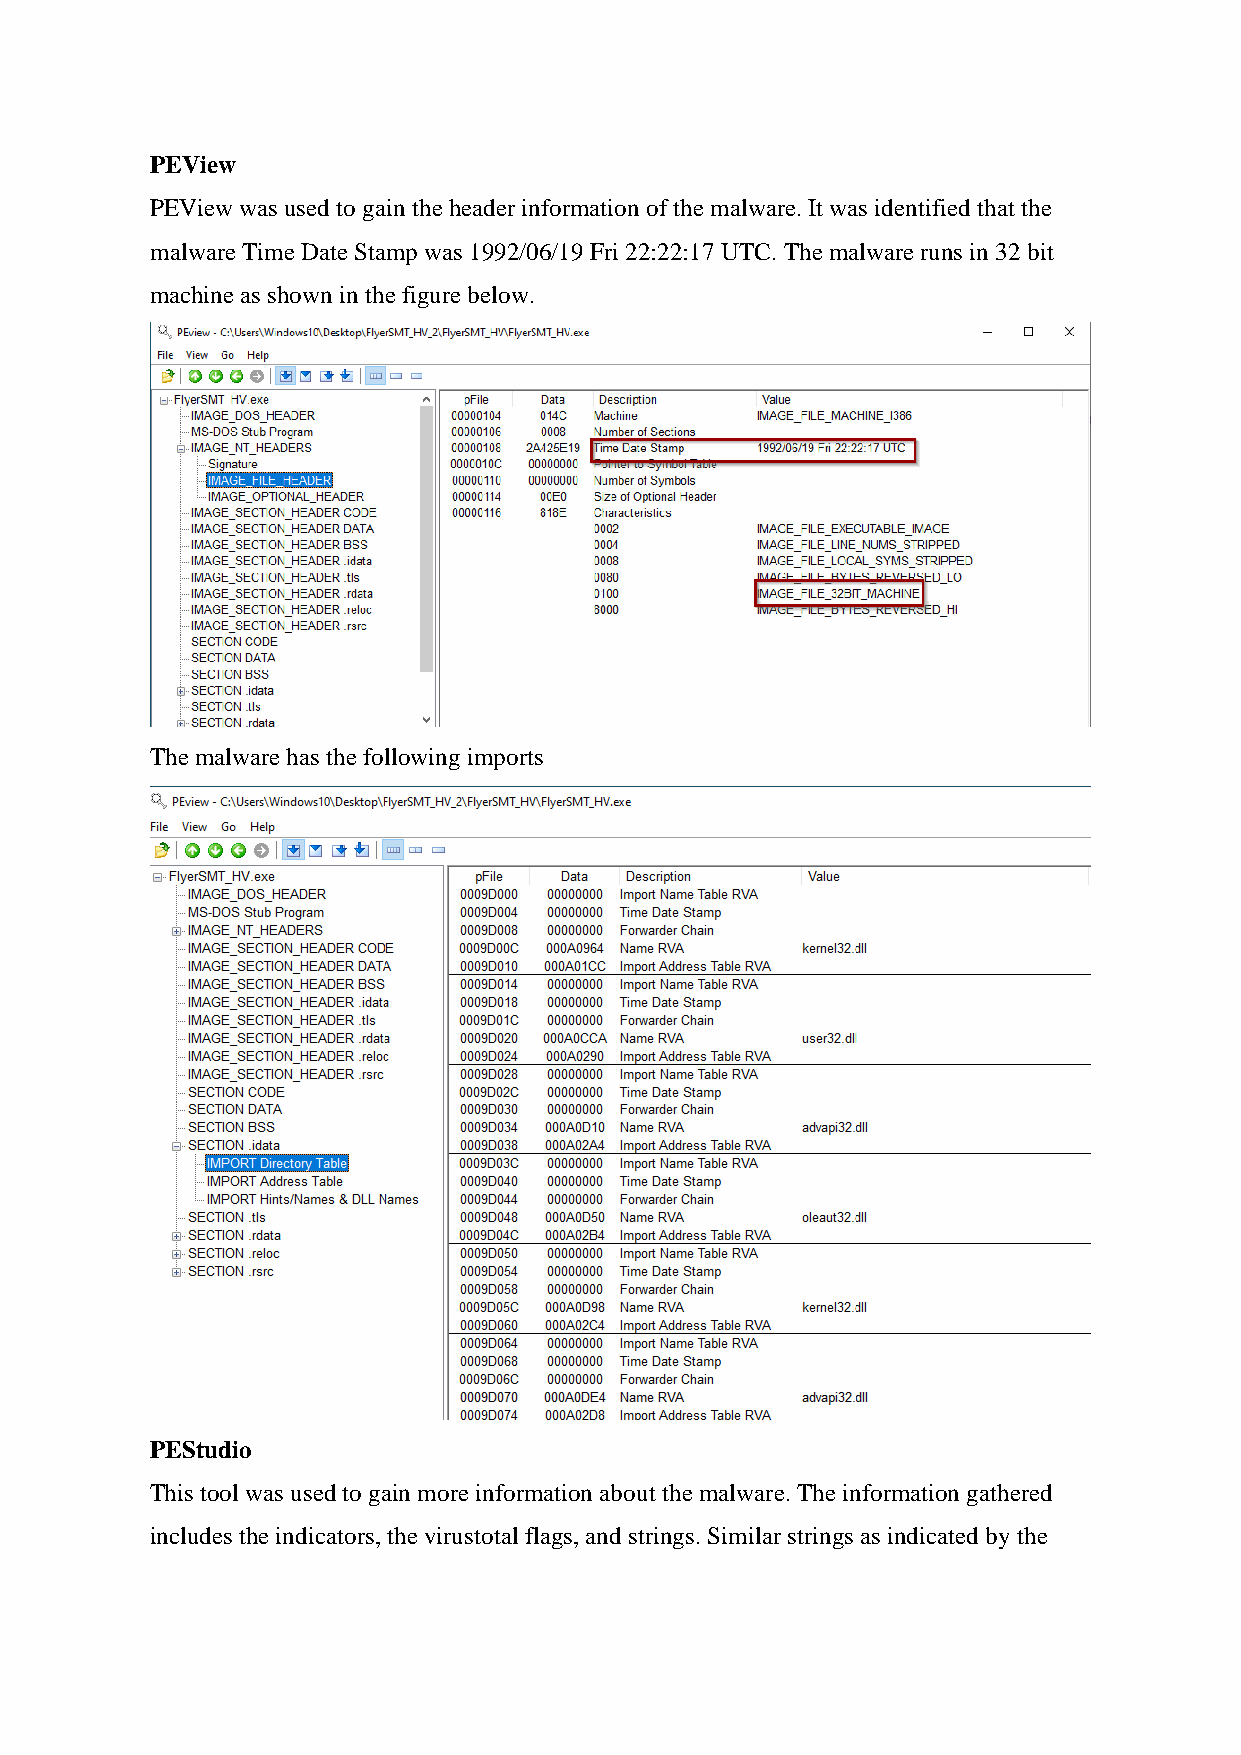
PEView
 PEView was used to gain the header information of the malware. It was identified that the
 malware Time Date Stamp was 1992/06/19 Fri 22:22:17 UTC. The malware runs in 32 bit
 machine as shown in the figure below.
 The malware has the following imports
 PEStudio
 This tool was used to gain more information about the malware. The information gathered
 includes the indicators, the virustotal flags, and strings. Similar strings as indicated by the